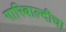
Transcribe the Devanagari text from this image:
गारिबाल्दीचा